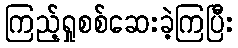
ကြည့်ရှုစစ်ဆေးခဲ့ကြပြီး